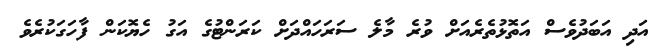
އަދި އަބަދުވެސް އަތޮޅުތެރެއަށް ވުރެ މާލެ ސަރަހައްދަށް ކަރަންޓުގެ އަގު ހެޔޮކަން ފާހަގަކުރެވެ